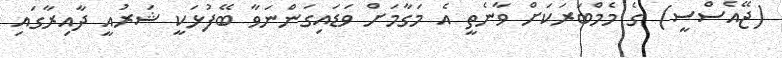
(ޖޭއެސްސީ) ގެ މެމްބަރަކަށް ވާނެތީ އެ މަގާމަށް ވަޑައިގަންނަވާ ބޭފުޅަކީ ޝަރުއީ ދާއިރާގައި